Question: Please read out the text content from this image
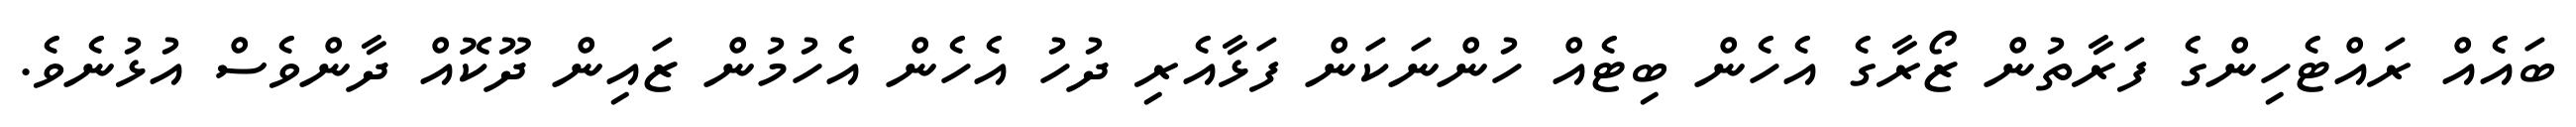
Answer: ބައެއް ރައްޓެހިންގެ ފަރާތުން ޒޯރާގެ އެހެން ބިޓެއް ހުންނަކަން ފަޅާއެރި ދުހު އެހެން އެހުމުން ޒައިން ދޫކޮއް ދާންވެސް އުޅުނެވެ.